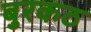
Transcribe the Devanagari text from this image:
बुरकठ